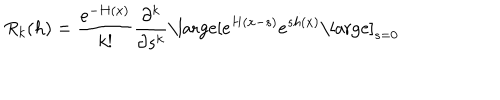
R _ { k } ( h ) = { \frac { e ^ { - H ( x ) } } { k ! } } { \frac { \partial ^ { k } } { \partial s ^ { k } } } \mathrm { \large [ } e ^ { H ( x - s ) } e ^ { s h ( x ) } \mathrm { \large ] } _ { s = 0 }